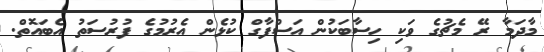
މާދަމާ ރޭ މެޗުގެ ވަކި ހިސާބަކުން އަސްފާގް ކުޅެން އެރުމުގެ ފުރުސަތު އެބައޮތް.